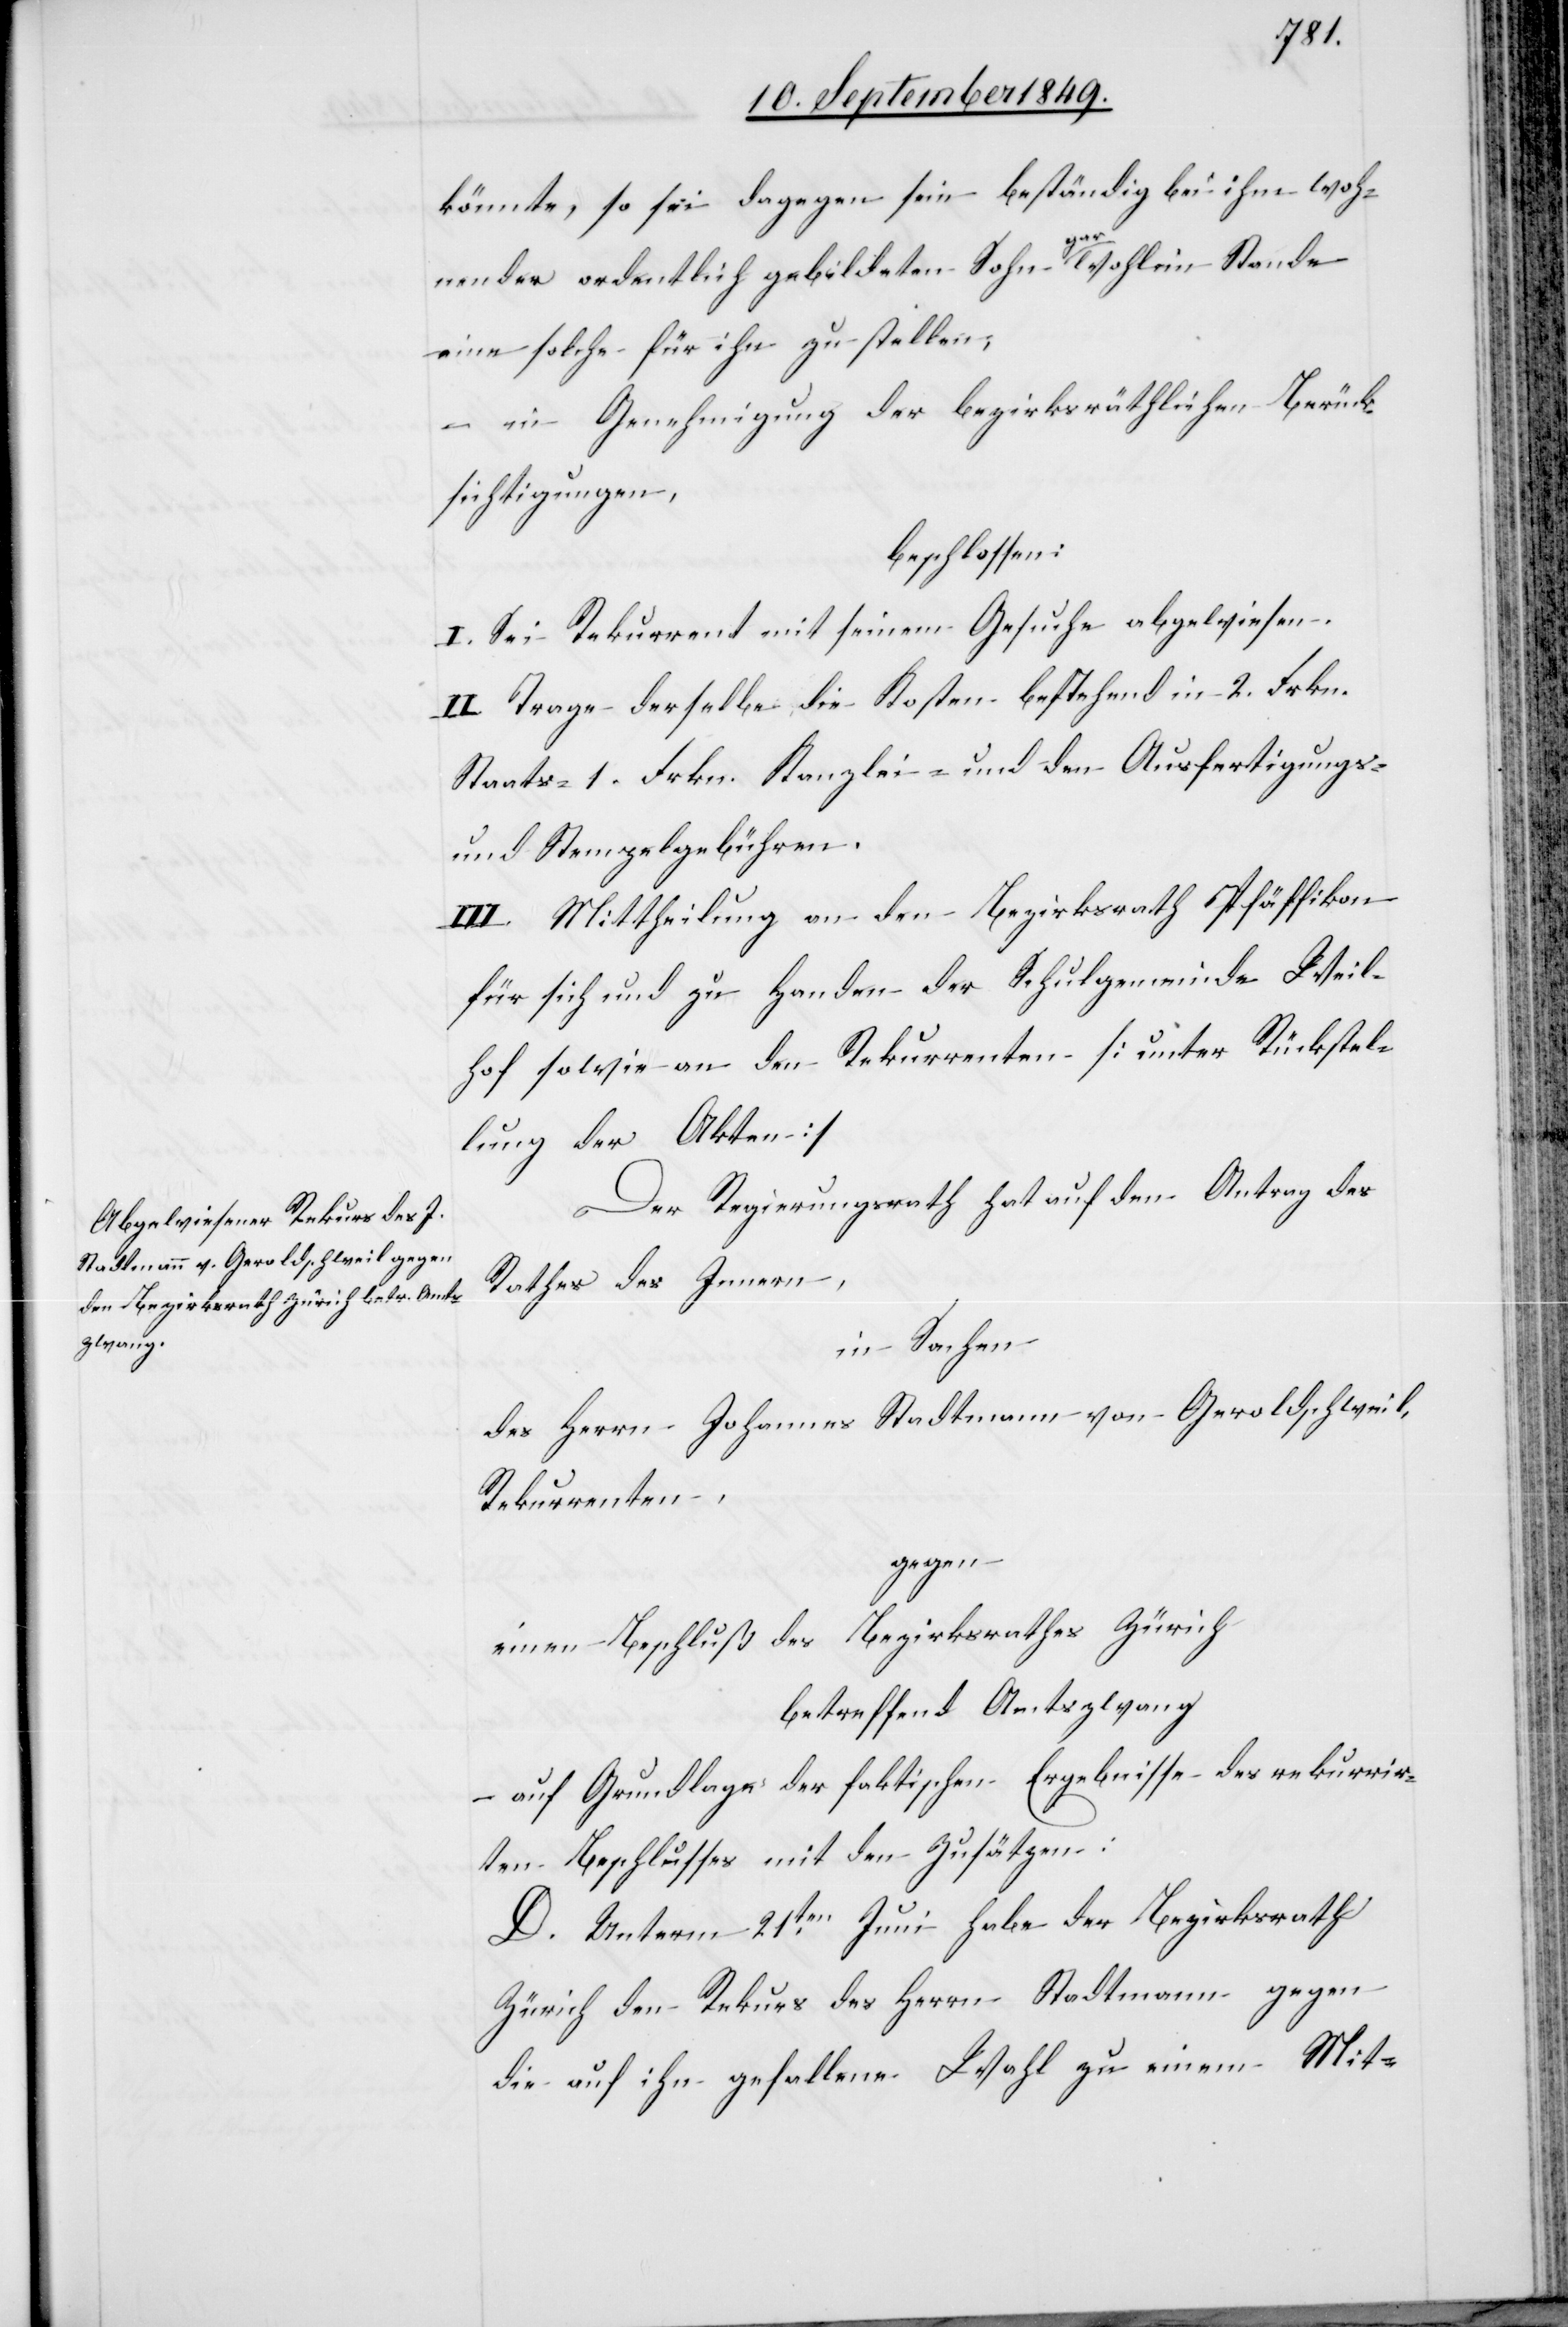
könnte, so sei dagegen sein beständig bei ihm woh¬
nender ordentlich gebildeten Sohn gar wohl im Stande
eine solche für ihn zu stellen;
– in Genehmigung der bezirksräthlichen Berück¬
sichtigungen,
beschlossen:
I. Sei Rekurrent mit seinem Gesuche abgewiesen.
II. Trage derselbe die Kosten bestehend in 2. Frkn.
Staats-[,] 1. Frkn. Kanzlei- und den Ausfertigungs-
und Stempelgebühren.
III. Mittheilung an den Bezirksrath Pfäffikon
für sich und zu Handen der Schulgemeinde Weil¬
hof sowie an den Rekurrenten [unter Rückstel¬
lung der Akten][.]
Der Regierungsrath hat auf den Antrag des
Rathes des Innern,
in Sachen
des Herrn Johannes Stadtmann von Geroldschweil,
Rekurrenten,
gegen
einen Beschluß des Bezirksrathes Zürich
betreffend Amtszwang
– auf Grundlage der faktischen Ergebnisse des rekurrir¬
ten Beschlusses mit den Zusätzen:
D. Unterm 21ten Juni habe der Bezirksrath
Zürich den Rekurs des Herrn Stadtmann gegen
die auf ihn gehaltene Wahl zu einem Mit-